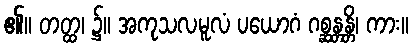
၏။ တတ္ထ၊ ၌။ အကုသလမူလံ ပယောဂံ ဂစ္ဆန္တန္တိ၊ ကား။